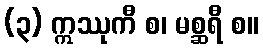
(၃) ဣဿုကီ စ၊ မစ္ဆရီ စ။